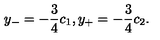
y _ { - } = - \frac { 3 } { 4 } c _ { 1 } , y _ { + } = - \frac { 3 } { 4 } c _ { 2 } .